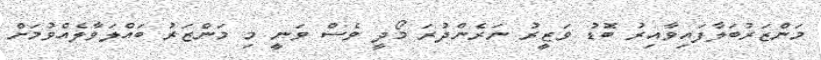
މަންޒަރުބަލާފައިވާއިރު ބޮޑު ވަޒީރު ނަރެންދުރަ މޯދީ ވެސް ވަނީ މި މަންޒަރު ބައްލަވާލެއްވުމަށް